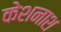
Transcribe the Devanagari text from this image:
केशनाश